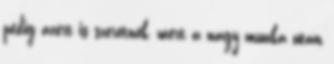
pedig azért is szeretnék, mert a nagy munka után